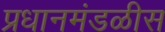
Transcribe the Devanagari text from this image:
प्रधानमंडळीस